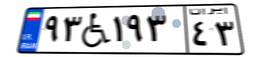
۹۳W۱۹۳۴۳